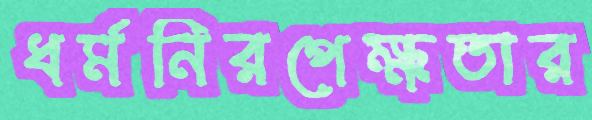
ধর্মনিরপেক্ষতার